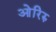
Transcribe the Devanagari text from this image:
ओरिरु